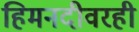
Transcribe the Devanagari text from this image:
हिमनदीवरही